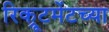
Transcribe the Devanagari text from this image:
रिक्रूटमेंटच्या